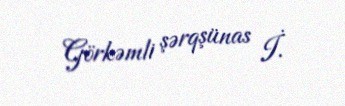
Görkəmli şərqşünas İ.